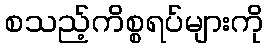
စသည့်ကိစ္စရပ်များကို